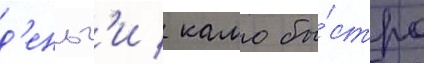
д'еньг'и / камо бы́стро